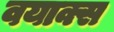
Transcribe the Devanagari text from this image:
वयाक्स